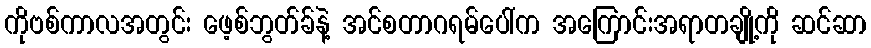
ကိုဗစ်ကာလအတွင်း ဖေ့စ်ဘွတ်ခ်နဲ့ အင်စတာဂရမ်ပေါ်က အကြောင်းအရာတချို့ကို ဆင်ဆာ